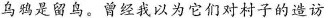
乌鸦是遛鸟。曾经我以为它们对村子的造访